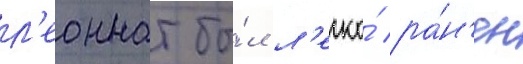
л'еоннат бы́л л'егко́ ра́н'ен